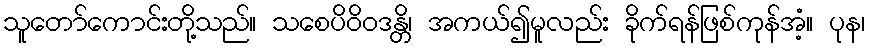
သူတော်ကောင်းတို့သည်။ သစေပိဝိဝဒန္တိ၊ အကယ်၍မူလည်း ခိုက်ရန်ဖြစ်ကုန်အံ့။ ပုန၊